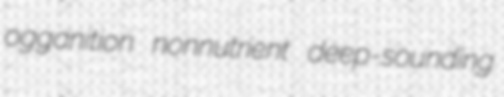
ogganition nonnutrient deep-sounding